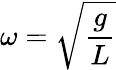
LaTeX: \omega={\sqrt{\frac{g}{L}}}